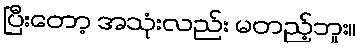
ပြီးတော့ အသုံးလည်း မတည့်ဘူး။